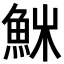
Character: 𩶚